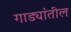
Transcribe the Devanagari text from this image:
गाड्यांतील